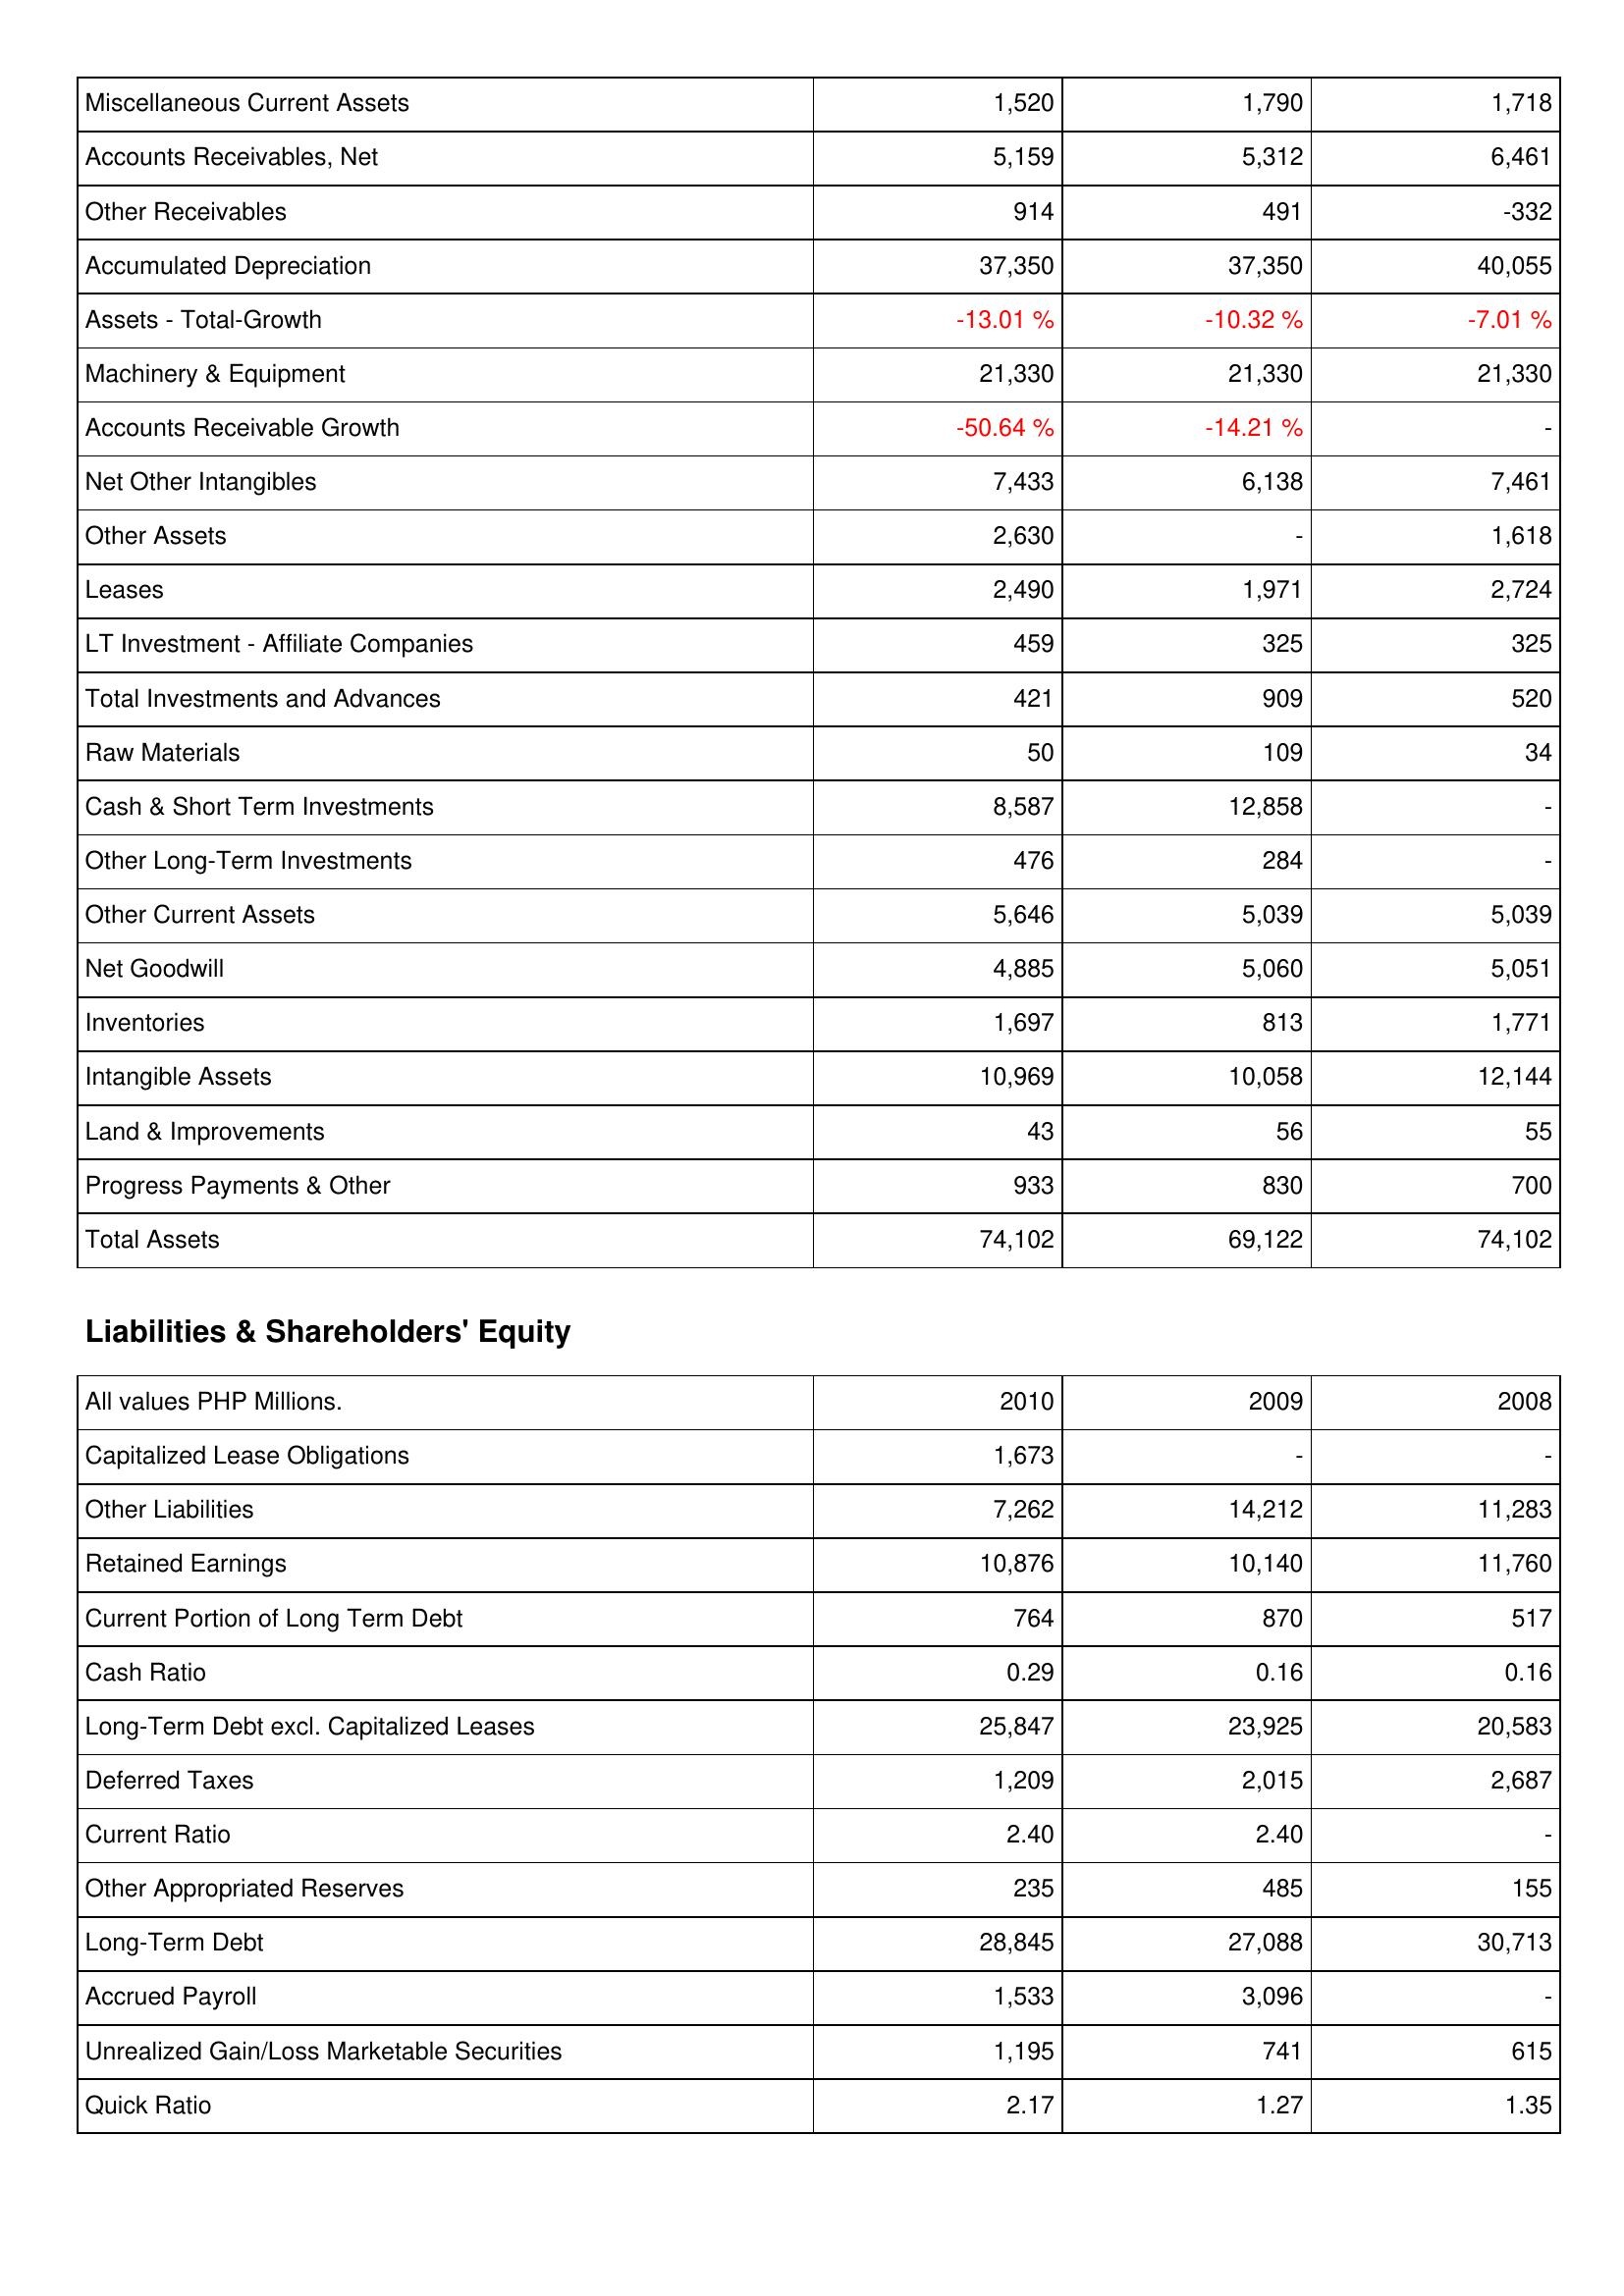
2010: Assets: Miscellaneous Current Assets: 1,520
Accounts Receivables, Net: 5,159
Other Receivables: 914
Accumulated Depreciation: 37,350
Assets - Total-Growth: -13.01 %
Machinery & Equipment: 21,330
Accounts Receivable Growth: -50.64 %
Net Other Intangibles: 7,433
Other Assets: 2,630
Leases: 2,490
LT Investment - Affiliate Companies: 459
Total Investments and Advances: 421
Raw Materials: 50
Cash & Short Term Investments: 8,587
Other Long-Term Investments: 476
Other Current Assets: 5,646
Net Goodwill: 4,885
Inventories: 1,697
Intangible Assets: 10,969
Land & Improvements: 43
Progress Payments & Other: 933
Total Assets: 74,102
Liabilities & Shareholders' Equity: Capitalized Lease Obligations: 1,673
Other Liabilities: 7,262
Retained Earnings: 10,876
Current Portion of Long Term Debt: 764
Cash Ratio: 0.29
Long-Term Debt excl. Capitalized Leases: 25,847
Deferred Taxes: 1,209
Current Ratio: 2.40
Other Appropriated Reserves: 235
Long-Term Debt: 28,845
Accrued Payroll: 1,533
Unrealized Gain/Loss Marketable Securities: 1,195
Quick Ratio: 2.17
2009: Assets: Miscellaneous Current Assets: 1,790
Accounts Receivables, Net: 5,312
Other Receivables: 491
Accumulated Depreciation: 37,350
Assets - Total-Growth: -10.32 %
Machinery & Equipment: 21,330
Accounts Receivable Growth: -14.21 %
Net Other Intangibles: 6,138
Other Assets: -
Leases: 1,971
LT Investment - Affiliate Companies: 325
Total Investments and Advances: 909
Raw Materials: 109
Cash & Short Term Investments: 12,858
Other Long-Term Investments: 284
Other Current Assets: 5,039
Net Goodwill: 5,060
Inventories: 813
Intangible Assets: 10,058
Land & Improvements: 56
Progress Payments & Other: 830
Total Assets: 69,122
Liabilities & Shareholders' Equity: Capitalized Lease Obligations: -
Other Liabilities: 14,212
Retained Earnings: 10,140
Current Portion of Long Term Debt: 870
Cash Ratio: 0.16
Long-Term Debt excl. Capitalized Leases: 23,925
Deferred Taxes: 2,015
Current Ratio: 2.40
Other Appropriated Reserves: 485
Long-Term Debt: 27,088
Accrued Payroll: 3,096
Unrealized Gain/Loss Marketable Securities: 741
Quick Ratio: 1.27
2008: Assets: Miscellaneous Current Assets: 1,718
Accounts Receivables, Net: 6,461
Other Receivables: -332
Accumulated Depreciation: 40,055
Assets - Total-Growth: -7.01 %
Machinery & Equipment: 21,330
Accounts Receivable Growth: -
Net Other Intangibles: 7,461
Other Assets: 1,618
Leases: 2,724
LT Investment - Affiliate Companies: 325
Total Investments and Advances: 520
Raw Materials: 34
Cash & Short Term Investments: -
Other Long-Term Investments: -
Other Current Assets: 5,039
Net Goodwill: 5,051
Inventories: 1,771
Intangible Assets: 12,144
Land & Improvements: 55
Progress Payments & Other: 700
Total Assets: 74,102
Liabilities & Shareholders' Equity: Capitalized Lease Obligations: -
Other Liabilities: 11,283
Retained Earnings: 11,760
Current Portion of Long Term Debt: 517
Cash Ratio: 0.16
Long-Term Debt excl. Capitalized Leases: 20,583
Deferred Taxes: 2,687
Current Ratio: -
Other Appropriated Reserves: 155
Long-Term Debt: 30,713
Accrued Payroll: -
Unrealized Gain/Loss Marketable Securities: 615
Quick Ratio: 1.35